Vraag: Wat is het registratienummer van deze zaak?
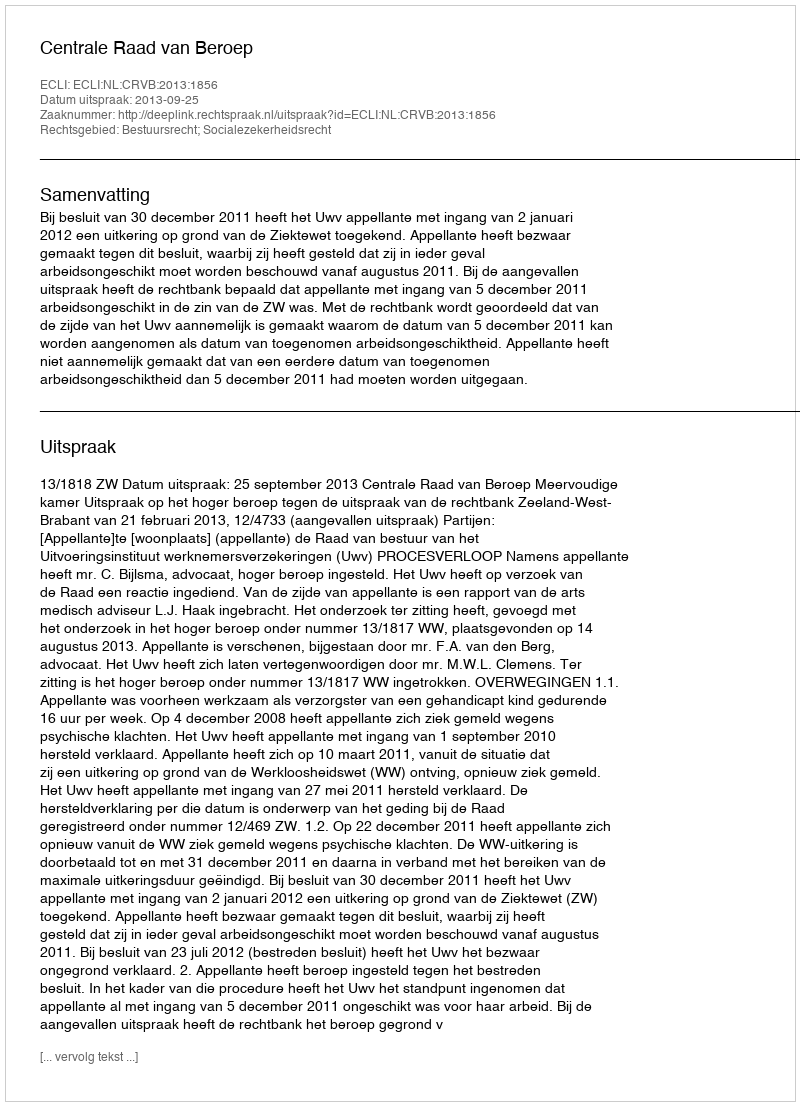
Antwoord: http://deeplink.rechtspraak.nl/uitspraak?id=ECLI:NL:CRVB:2013:1856